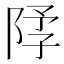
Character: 𫕃